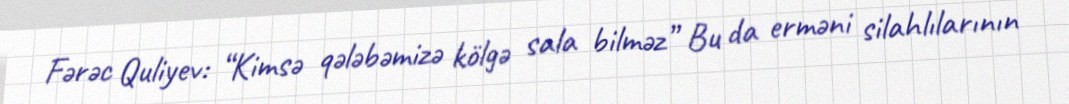
Fərəc Quliyev: “Kimsə qələbəmizə kölgə sala bilməz” Bu da erməni silahlılarının